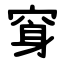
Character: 䆤